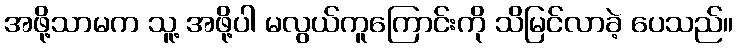
အဖို့သာမက သူ့ အဖို့ပါ မလွယ်ကူကြောင်းကို သိမြင်လာခဲ့ ပေသည်။